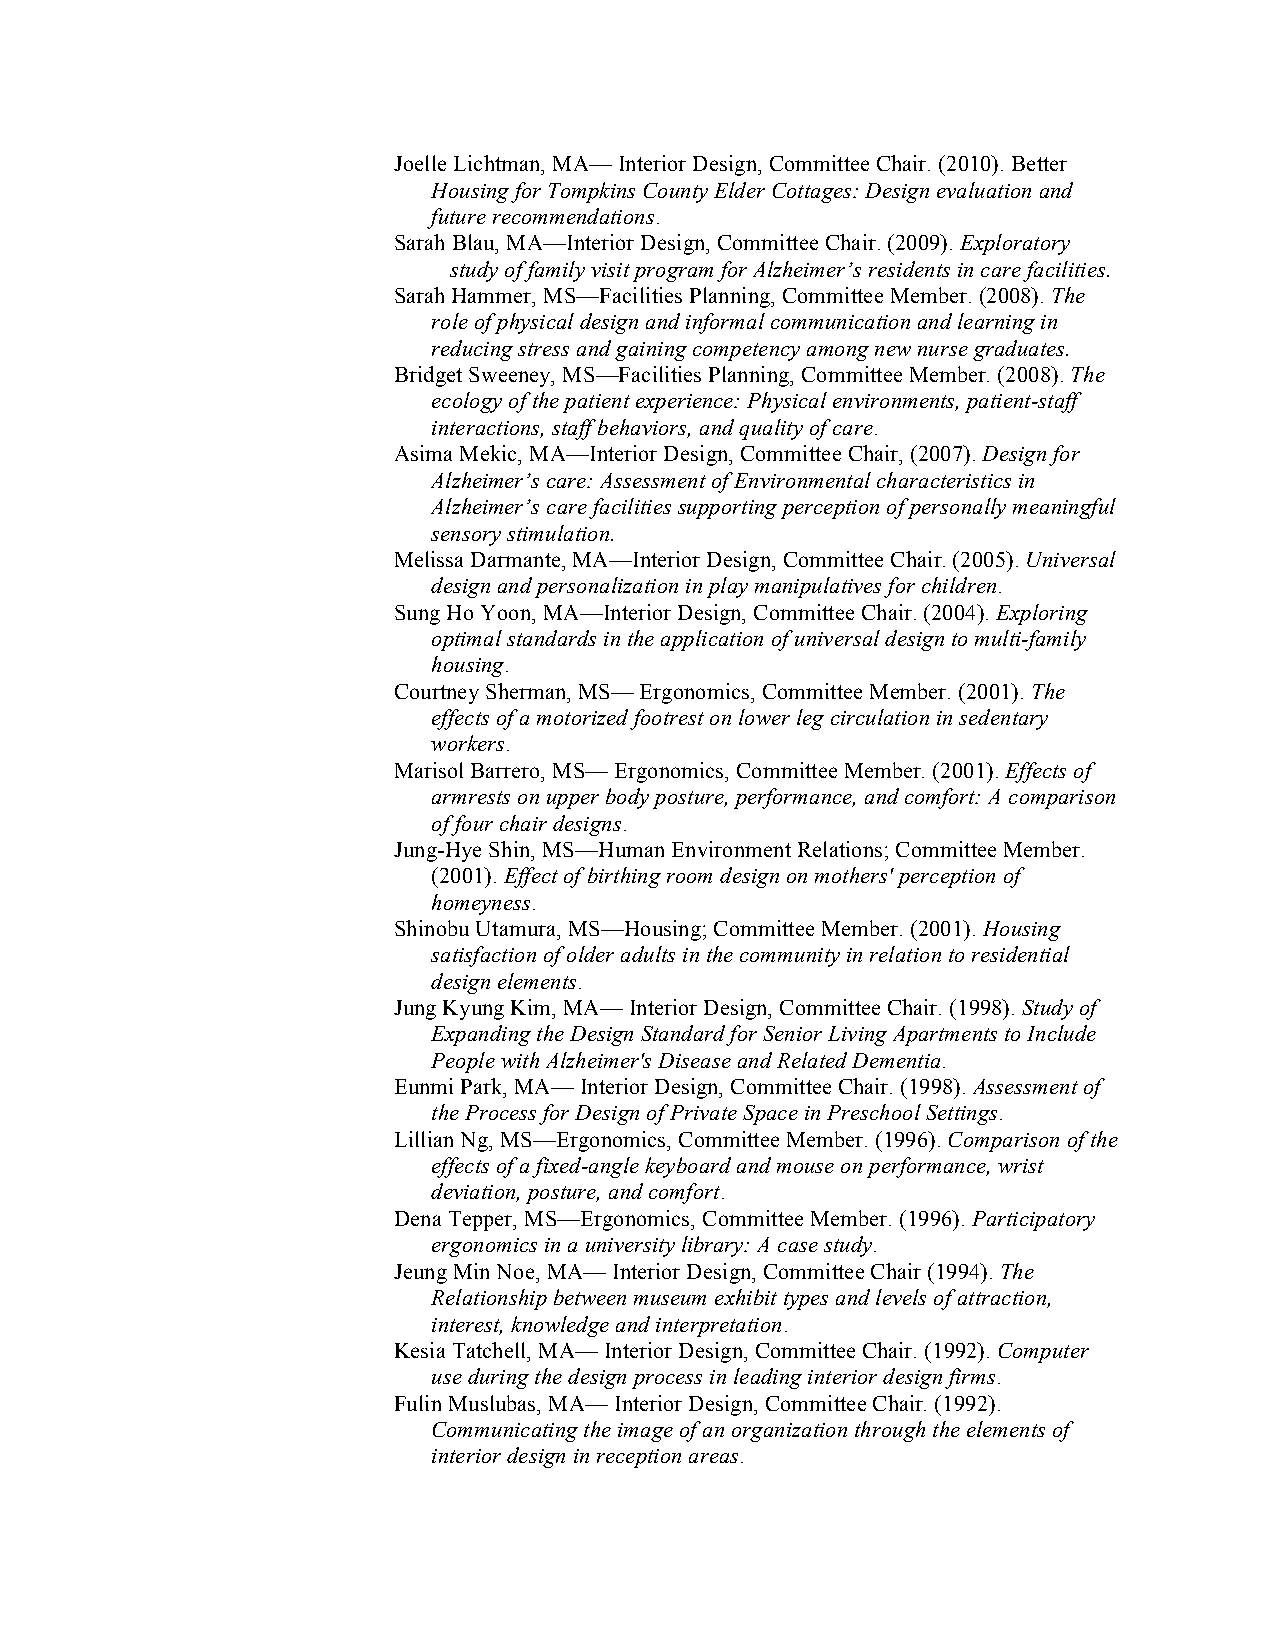
Joelle Lichtman, MA— Interior Design, Committee Chair. (2010). Better
 Housing for Tompkins County Elder Cottages: Design evaluation and
 future recommendations.
 Sarah Blau, MA—Interior Design, Committee Chair. (2009). Exploratory
 study of family visit program for Alzheimer’s residents in care facilities.
 Sarah Hammer, MS—Facilities Planning, Committee Member. (2008). The
 role of physical design and informal communication and learning in
 reducing stress and gaining competency among new nurse graduates.
 Bridget Sweeney, MS—Facilities Planning, Committee Member. (2008). The
 ecology of the patient experience: Physical environments, patient-staff
 interactions, staff behaviors, and quality of care.
 Asima Mekic, MA—Interior Design, Committee Chair, (2007). Design for
 Alzheimer’s care: Assessment of Environmental characteristics in
 Alzheimer’s care facilities supporting perception of personally meaningful
 sensory stimulation.
 Melissa Darmante, MA—Interior Design, Committee Chair. (2005). Universal
 design and personalization in play manipulatives for children.
 Sung Ho Yoon, MA—Interior Design, Committee Chair. (2004). Exploring
 optimal standards in the application of universal design to multi-family
 housing.
 Courtney Sherman, MS— Ergonomics, Committee Member. (2001). The
 effects of a motorized footrest on lower leg circulation in sedentary
 workers.
 Marisol Barrero, MS— Ergonomics, Committee Member. (2001). Effects of
 armrests on upper body posture, performance, and comfort: A comparison
 of four chair designs.
 Jung-Hye Shin, MS—Human Environment Relations; Committee Member.
 (2001). Effect of birthing room design on mothers' perception of
 homeyness.
 Shinobu Utamura, MS—Housing; Committee Member. (2001). Housing
 satisfaction of older adults in the community in relation to residential
 design elements.
 Jung Kyung Kim, MA— Interior Design, Committee Chair. (1998). Study of
 Expanding the Design Standard for Senior Living Apartments to Include
 People with Alzheimer's Disease and Related Dementia.
 Eunmi Park, MA— Interior Design, Committee Chair. (1998). Assessment of
 the Process for Design of Private Space in Preschool Settings.
 Lillian Ng, MS—Ergonomics, Committee Member. (1996). Comparison of the
 effects of a fixed-angle keyboard and mouse on performance, wrist
 deviation, posture, and comfort.
 Dena Tepper, MS—Ergonomics, Committee Member. (1996). Participatory
 ergonomics in a university library: A case study.
 Jeung Min Noe, MA— Interior Design, Committee Chair (1994). The
 Relationship between museum exhibit types and levels of attraction,
 interest, knowledge and interpretation.
 Kesia Tatchell, MA— Interior Design, Committee Chair. (1992). Computer
 use during the design process in leading interior design firms.
 Fulin Muslubas, MA— Interior Design, Committee Chair. (1992).
 Communicating the image of an organization through the elements of
 interior design in reception areas.